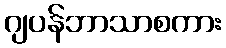
ဂျပန်ဘာသာစကား